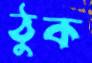
ঠুক